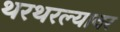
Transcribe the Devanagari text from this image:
थरथरल्यावर